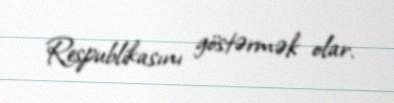
Respublikasını göstərmək olar.